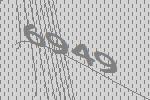
6949